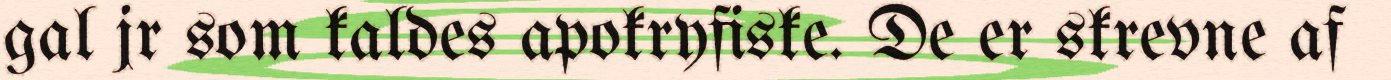
gal jr som kaldes apokryfiske. De er skrevne af